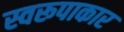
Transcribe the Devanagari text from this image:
स्वरूपाकार